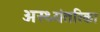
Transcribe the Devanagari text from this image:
अस्थ्यंतरिका